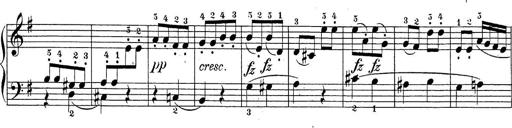
Title: Sonatina Album
Composer: Louis KÃ¶hler